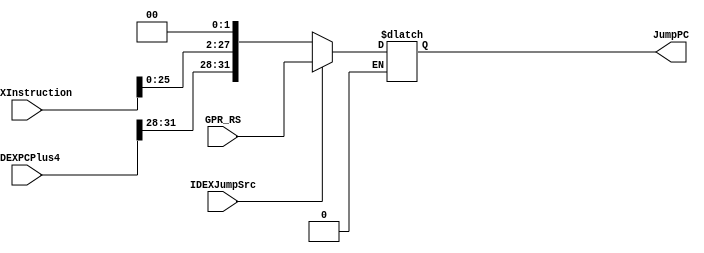
module JumpAddress(
    input [31:0] IDEXPCPlus4,
    input [31:0] IDEXInstruction,
    input [31:0] GPR_RS,
    input IDEXJumpSrc,
    output reg [31:0] JumpPC
);

always @(*)
begin
    if(IDEXJumpSrc == 0) //PC[31:28] + <<2 + 00
    begin
        JumpPC <= {IDEXPCPlus4[31:28],IDEXInstruction[25:0],2'b00};
    end
    else if(IDEXJumpSrc == 1) //GPR_RS
    begin
        JumpPC <= GPR_RS;
    end
end
endmodule